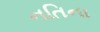
નતિના